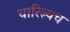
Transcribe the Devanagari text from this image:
चारित्र्यच